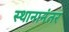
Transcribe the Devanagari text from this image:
स्थानानंतर